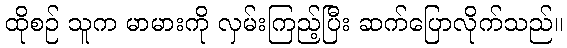
ထိုစဉ် သူက မာမားကို လှမ်းကြည့်ပြီး ဆက်ပြောလိုက်သည်။